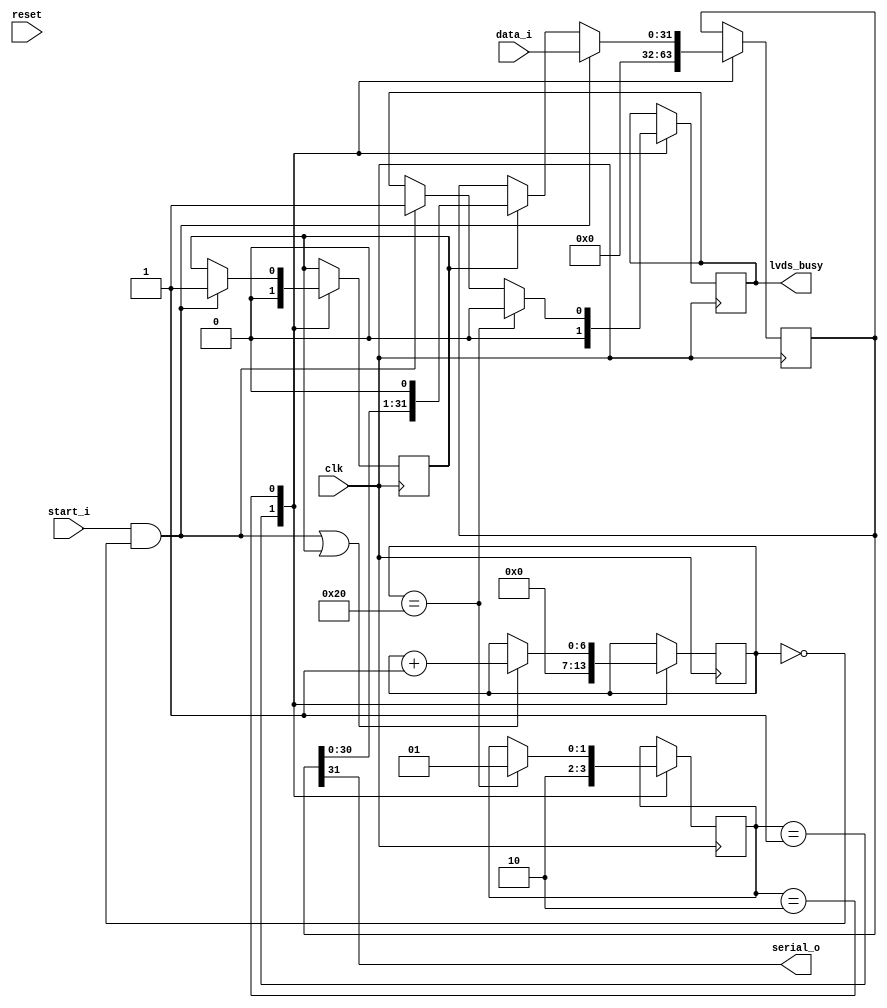
module serializer_32bit (
        input clk,
        input reset,
        input [31:0] data_i,
        input start_i,
        output lvds_busy,
        output serial_o
    );
     
    reg lvds_busy;
    reg [6:0] checker;
    reg [31:0] frame;
    reg start;
    
    // STATE MASHINE   
    reg [1:0] state = 2'b01;    
    localparam INIT =        2'b01;
    localparam FRAME_SEND =   2'b10;
    
    always @ (posedge clk)
    begin: STATE_MASHINE
        case(state)
            
        INIT: begin
            state <= FRAME_SEND;                 
        end
                
        FRAME_SEND: begin
            if (checker == 32) state <= INIT;  
        end 
                  
        endcase
    end  
    
    assign serial_o = frame[31]; //back and comment assign down
    
    always @ (posedge clk)
    begin: EX
        case(state)
        
        INIT: begin
            checker <= 0;
            frame <= 0;  
            start <= 0; 
            lvds_busy <= 0;             
        end 
                   
        FRAME_SEND: begin
            if (start_i && checker == 0) begin                   
                frame <= data_i;
                start <= 1;
                lvds_busy <= 1;
            end                    
            else if (start)
                frame <= {frame, 1'b0}; 
                      
            if ((start_i && checker == 0) | start) 
                checker <= checker + 1;    
            if (checker == 32) lvds_busy <= 0;                                                                                                                   
            end
        endcase
    end       
     
    endmodule